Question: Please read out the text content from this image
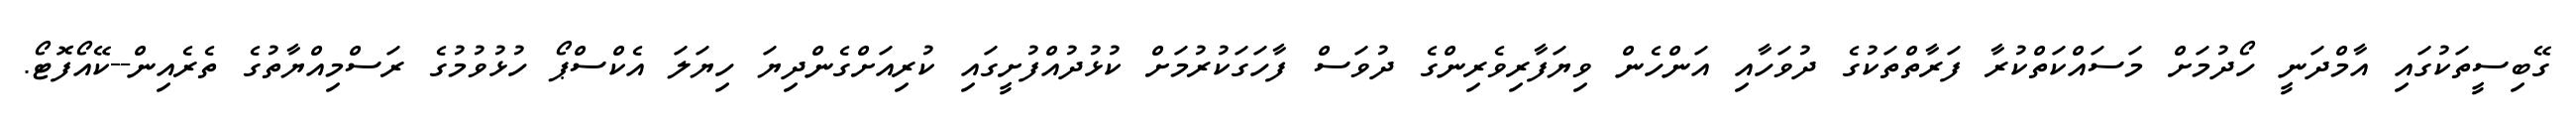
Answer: ގޭބިސީތަކުގައި އާމްދަނީ ހޯދުމަށް މަސައްކަތްކުރާ ފަރާތްތަކުގެ ދުވަހާއި އަންހެން ވިޔަފާރިވެރިންގެ ދުވަސް ފާހަގަކުރުމަށް ކުޅުދުއްފުށީގައި ކުރިއަށްގެންދިޔަ ހިޔަލަ އެކްސްޕޯ ހުޅުވުމުގެ ރަސްމިއްޔާތުގެ ތެރެއިން--ކޭއޯފޮޓޯ.